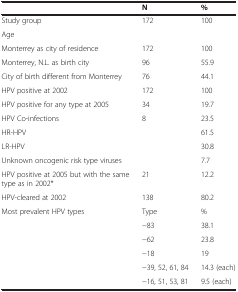
<table><thead><tr><td><b> </b></td><td><b>N</b></td><td><b>%</b></td></tr></thead><tbody><tr><td>Study group</td><td>172</td><td>100</td></tr><tr><td>Age</td><td> </td><td> </td></tr><tr><td>Monterrey as city of residence</td><td>172</td><td>100</td></tr><tr><td>Monterrey, N.L. as birth city</td><td>96</td><td>55.9</td></tr><tr><td>City of birth different from Monterrey</td><td>76</td><td>44.1</td></tr><tr><td>HPV positive at 2002</td><td>172</td><td>100</td></tr><tr><td>HPV positive for any type at 2005</td><td>34</td><td>19.7</td></tr><tr><td>HPV Co-infections</td><td>8</td><td>23.5</td></tr><tr><td>HR-HPV</td><td> </td><td>61.5</td></tr><tr><td>LR-HPV</td><td> </td><td>30.8</td></tr><tr><td>Unknown oncogenic risk type viruses</td><td> </td><td>7.7</td></tr><tr><td>HPV positive at 2005 but with the same type as in 2002*</td><td>21</td><td>12.2</td></tr><tr><td>HPV-cleared at 2002</td><td>138</td><td>80.2</td></tr><tr><td rowspan="6">Most prevalent HPV types</td><td>Type</td><td>%</td></tr><tr><td>−83</td><td>38.1</td></tr><tr><td>−62</td><td>23.8</td></tr><tr><td>−18</td><td>19</td></tr><tr><td>−39, 52, 61, 84</td><td>14.3 (each)</td></tr><tr><td>−16, 51, 53, 81</td><td>9.5 (each)</td></tr></tbody></table>